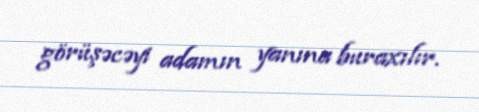
görüşəcəyi adamın yanına buraxılır.